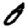
Digit: 0